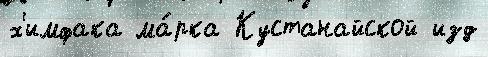
х'имфака ма́рка Кустанайской изд